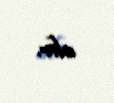
alır.